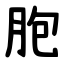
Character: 胞